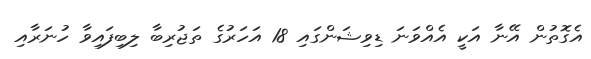
އެގޮތުން އޭނާ އަކީ އެއްވަނަ ޑިވިޝަންގައި 18 އަހަރުގެ ތަޖުރިބާ ލިބިފައިވާ ހުނަރާއި